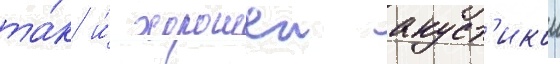
та́к и́ хорошеи акуст'икои